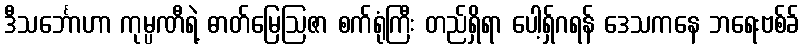
ဒီသင်္ဘောဟာ ကုမ္ပဏီရဲ့ ဓာတ်မြေဩဇာ စက်ရုံကြီး တည်ရှိရာ ပေါ့ရှ်ဂရန် ဒေသကနေ ဘရေးဗစ်ခ်